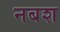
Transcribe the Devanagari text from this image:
नबश